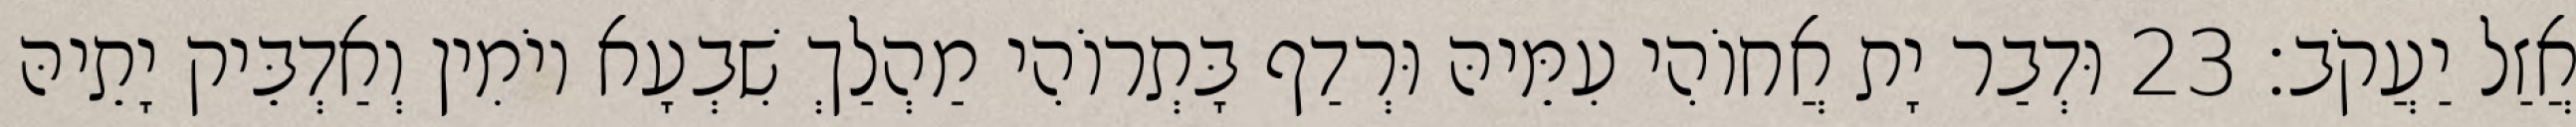
אֲזַל יַעֲקֹב׃ 23 וּדְבַר יָת אֲחוֹהִי עִמֵּיהּ וּרְדַף בָּתְרוֹהִי מַהְלַךְ שִׁבְעָא יוֹמִין וְאַדְבֵּיק יָתֵיהּ